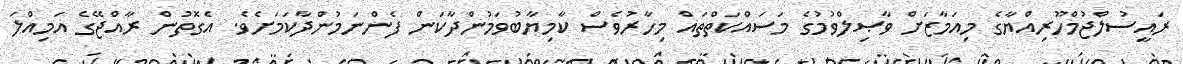
ރައީސުލްޖުމްހޫރިއްޔާގެ މިއަމާޒަށް ވާޞިލްވުމުގެ މަސައްކަތްތައް މިހާރުވެސް ކާމިޔާބުވަމުންދާކަން ފެންނަމުންދާކަމަށެވެ. އެގޮތުން ރާއްޖޭގެ އަމިއްލަ